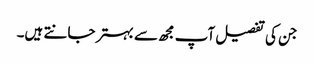
جن کی تفصیل آپ مجھ سے بہتر جانتے ہیں۔